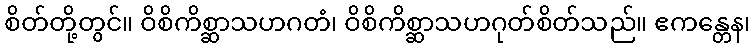
စိတ်တို့တွင်။ ဝိစိကိစ္ဆာသဟဂတံ၊ ဝိစိကိစ္ဆာသဟဂုတ်စိတ်သည်။ ဧကန္တေန၊